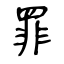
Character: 罪